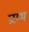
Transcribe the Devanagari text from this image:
प्ररम्भ